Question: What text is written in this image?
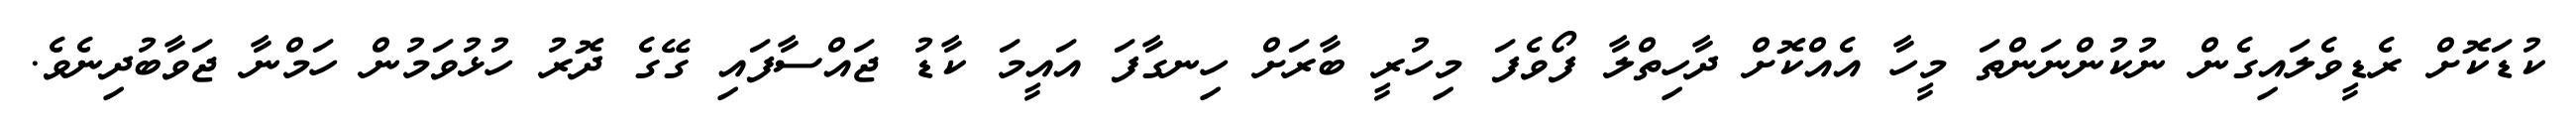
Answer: ކުޑަކޮށް ރެޑީވެލައިގެން ނުކުންނަންތަ މީހާ އެއްކޮށް ދާހިތްލާ ފޯވެފަ މިހުރީ ބާރަށް ހިނގާފަ އައީމަ ކާޑު ޖައްސާފައި ގޭގެ ދޮރު ހުޅުވަމުން ހަމްނާ ޖަވާބުދިނެވެ.